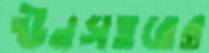
ঊনসত্তরের